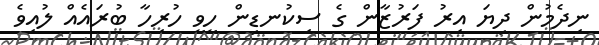
ނިދެމުން ދިޔަ އިރު ފަރުޒާން ގެ ސިކުނޑިން ހީވީ ހުރިހާ ބުރައެއް ލުއިވެ